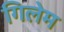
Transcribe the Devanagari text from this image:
गिलेम